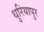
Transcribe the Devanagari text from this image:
धुरियापुर